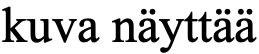
kuva näyttää